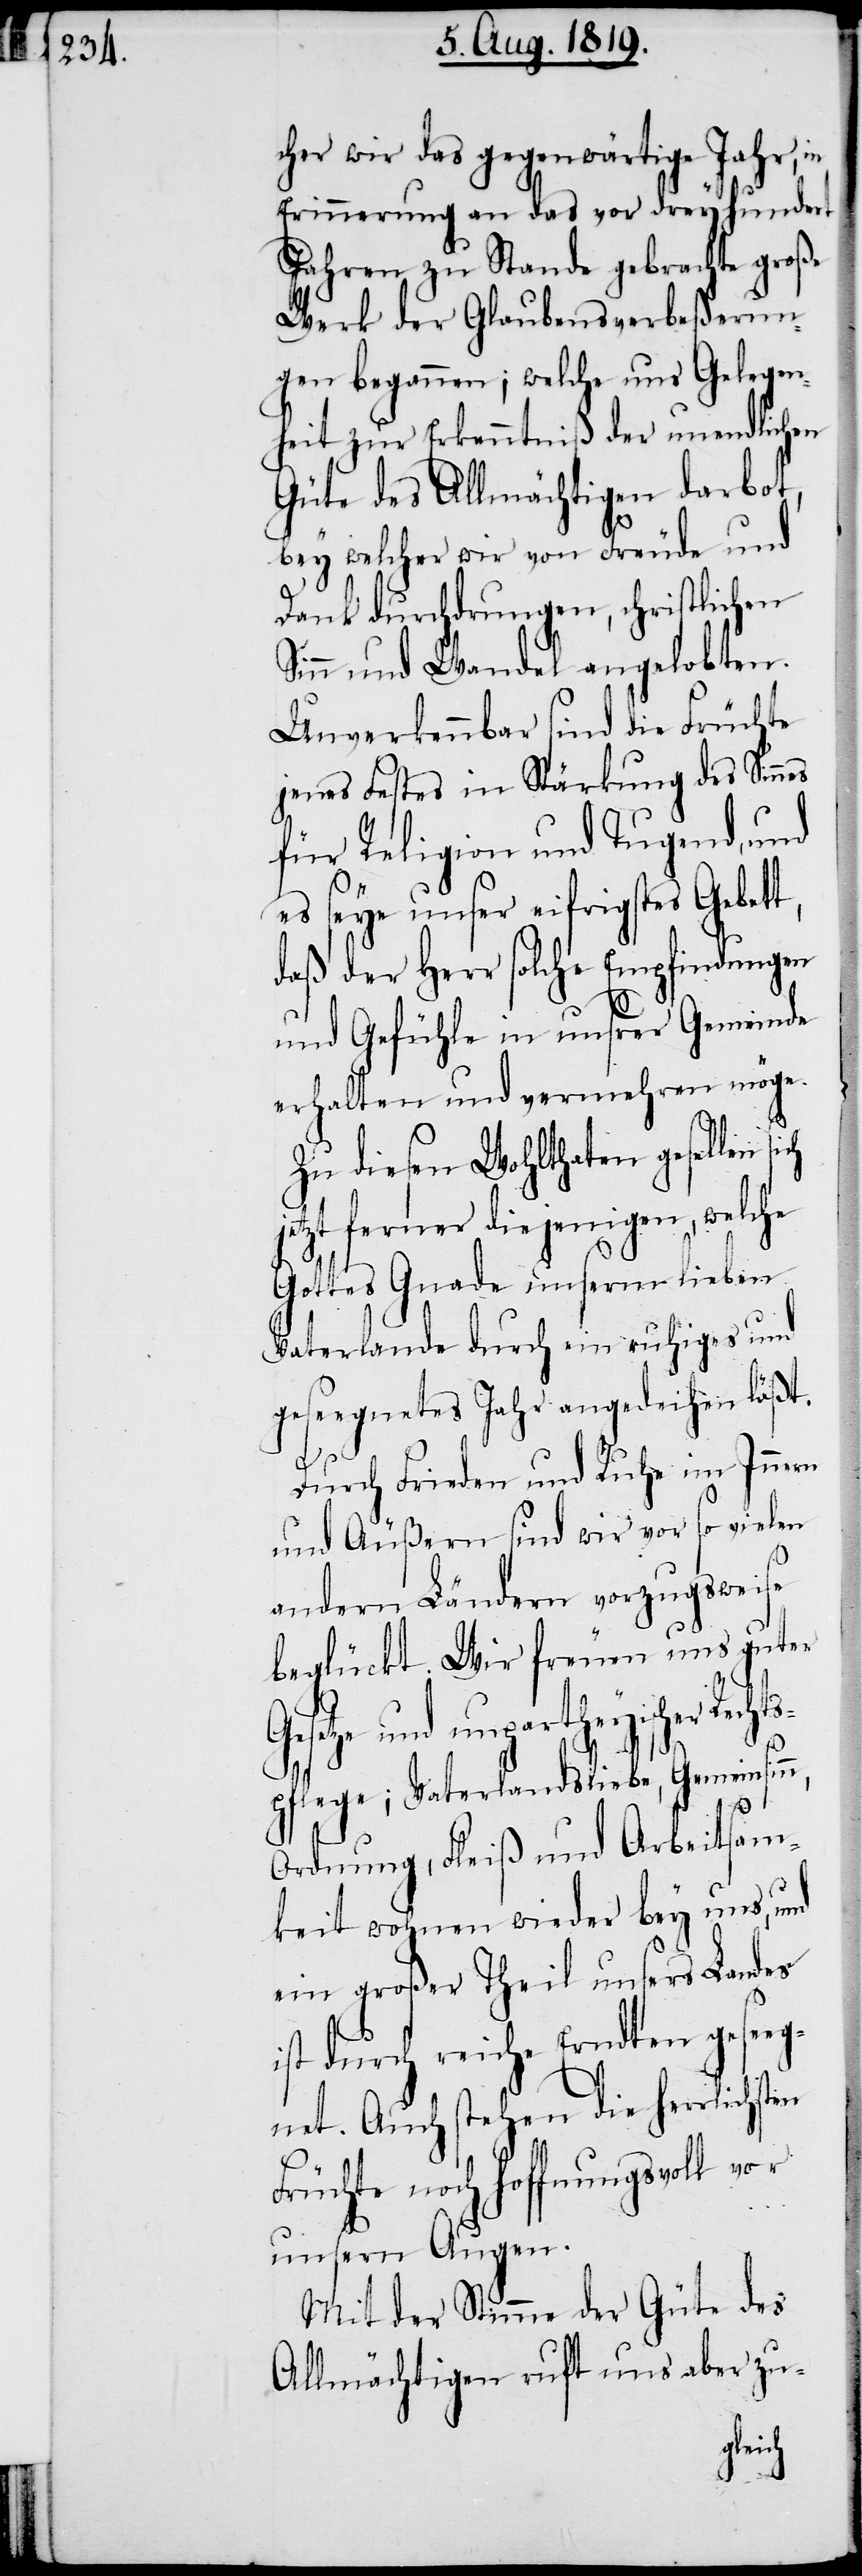
cher wir das gegenwärtige Jahr, in
Erinnerung an das vor dreyhundert
Jahren zu Stande gebrachte große
Werk der Glaubensverbeßerun¬
gen begannen; welche uns Gelegen¬
heit zur Erkenntniß der unendlichen
Güte des Allmächtigen darbot,
bey welcher wir von Freude und
Dank durchdrungen, christlichen
Sinn und Wandel angelobten.
Unverkennbar sind die Früchte
jenes Festes in Stärkung des Sinn¬
für Religion und Tugend, und
es seye unser eifrigstes Gebet¬
daß der Herr solche Empfindungen
und Gefühle in unsrer Gemeinde
erhalten und vermehren möge.
Zu diesen Wohlthaten gesellen
tzt ferner diejenigen, welche
Gottes Gnade unserm lieben
Vaterlande durch ein ruhiges und
geseegnetes Jahr angedeihen läßt.
t,
Durch Frieden und Ruhe im Innern
andern Ländern vorzugsweise
beglückt. Wir freuen uns guter
licher Rechts¬
pflege; Vaterlandsliebe, Gemeinsinn,
Ordnung, Fleiß und Arbeitsam¬
keit wohnen wieder bey uns, und
ein großer Theil unsers Landes
ist durch reiche Erndten geseeg¬
net. Auch stehen die herrlichs¬
Früchte noch hoffnungsvoll vor
unsern Augen.
Mit der Stimme der Güte des
Allmächtigen ruft uns aber zu-
ten